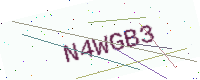
Text: N4WGB3